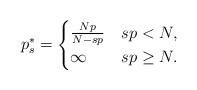
LaTeX: \begin{align*}p_s^*=\begin{cases}\frac{Np}{N-sp} & sp<N,\\\infty & sp\geq N.\end{cases}\end{align*}